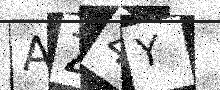
Text: AZ4Y